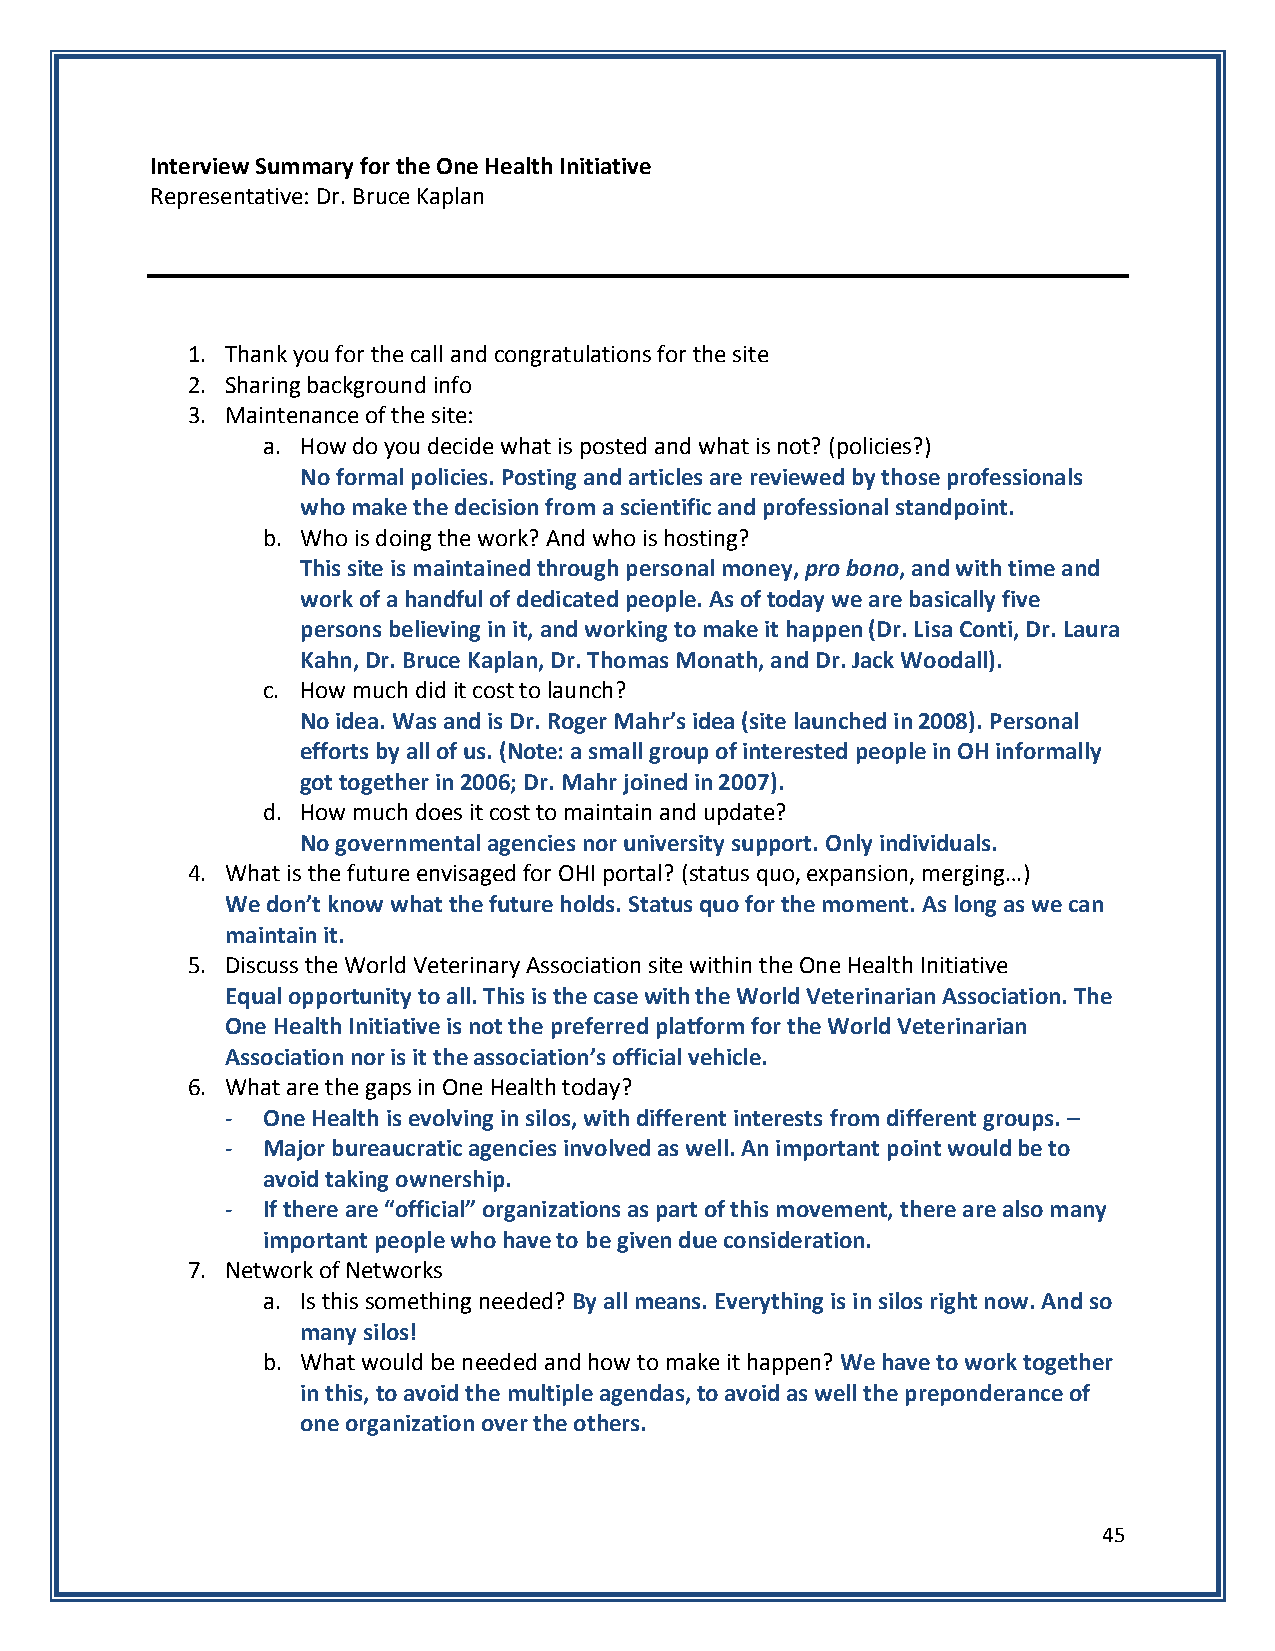
Interview Summary for the One Health Initiative
 Representative: Dr. Bruce Kaplan
 1. Thank you for the call and congratulations for the site
 2. Sharing background info
 3. Maintenance of the site:
 a. How do you decide what is posted and what is not? (policies?)
 No formal policies. Posting and articles are reviewed by those professionals
 who make the decision from a scientific and professional standpoint.
 b. Who is doing the work? And who is hosting?
 This site is maintained through personal money, pro bono, and with time and
 work of a handful of dedicated people. As of today we are basically five
 persons believing in it, and working to make it happen (Dr. Lisa Conti, Dr. Laura
 Kahn, Dr. Bruce Kaplan, Dr. Thomas Monath, and Dr. Jack Woodall).
 c. How much did it cost to launch?
 No idea. Was and is Dr. Roger Mahr’s idea (site launched in 2008). Personal
 efforts by all of us. (Note: a small group of interested people in OH informally
 got together in 2006; Dr. Mahr joined in 2007).
 d. How much does it cost to maintain and update?
 No governmental agencies nor university support. Only individuals.
 4. What is the future envisaged for OHI portal? (status quo, expansion, merging…)
 We don’t know what the future holds. Status quo for the moment. As long as we can
 maintain it.
 5. Discuss the World Veterinary Association site within the One Health Initiative
 Equal opportunity to all. This is the case with the World Veterinarian Association. The
 One Health Initiative is not the preferred platform for the World Veterinarian
 Association nor is it the association’s official vehicle.
 6. What are the gaps in One Health today?
 - One Health is evolving in silos, with different interests from different groups. –
 - Major bureaucratic agencies involved as well. An important point would be to
 avoid taking ownership.
 - If there are “official” organizations as part of this movement, there are also many
 important people who have to be given due consideration.
 7. Network of Networks
 a. Is this something needed? By all means. Everything is in silos right now. And so
 many silos!
 b. What would be needed and how to make it happen? We have to work together
 in this, to avoid the multiple agendas, to avoid as well the preponderance of
 one organization over the others.
 45